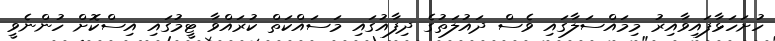
ހުށަހަޅާފައިވާއިރު މިމައްސަލާގައި ވެސް ދައުލަތުގެ ދިފާއުގައި މަސައްކަތް ކުރައްވާ ޓީމުގައި އިސްކޮށް ހުންނެވީ